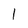
Character: l